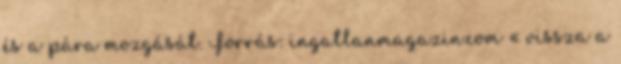
és a pára mozgását. Forrás: ingatlanmagazin.com « vissza a